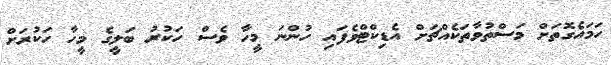
ހަމައެގޮތަށް މަސްތުވާތަކެއްޗަށް އެޑިކްޓްވެފައި ހުންނަ މީހާ ވެސް ހަކުރު ބަލީގެ މީހާ ހަކުރަށް